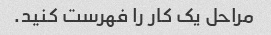
مراحل یک کار را فهرست کنید.